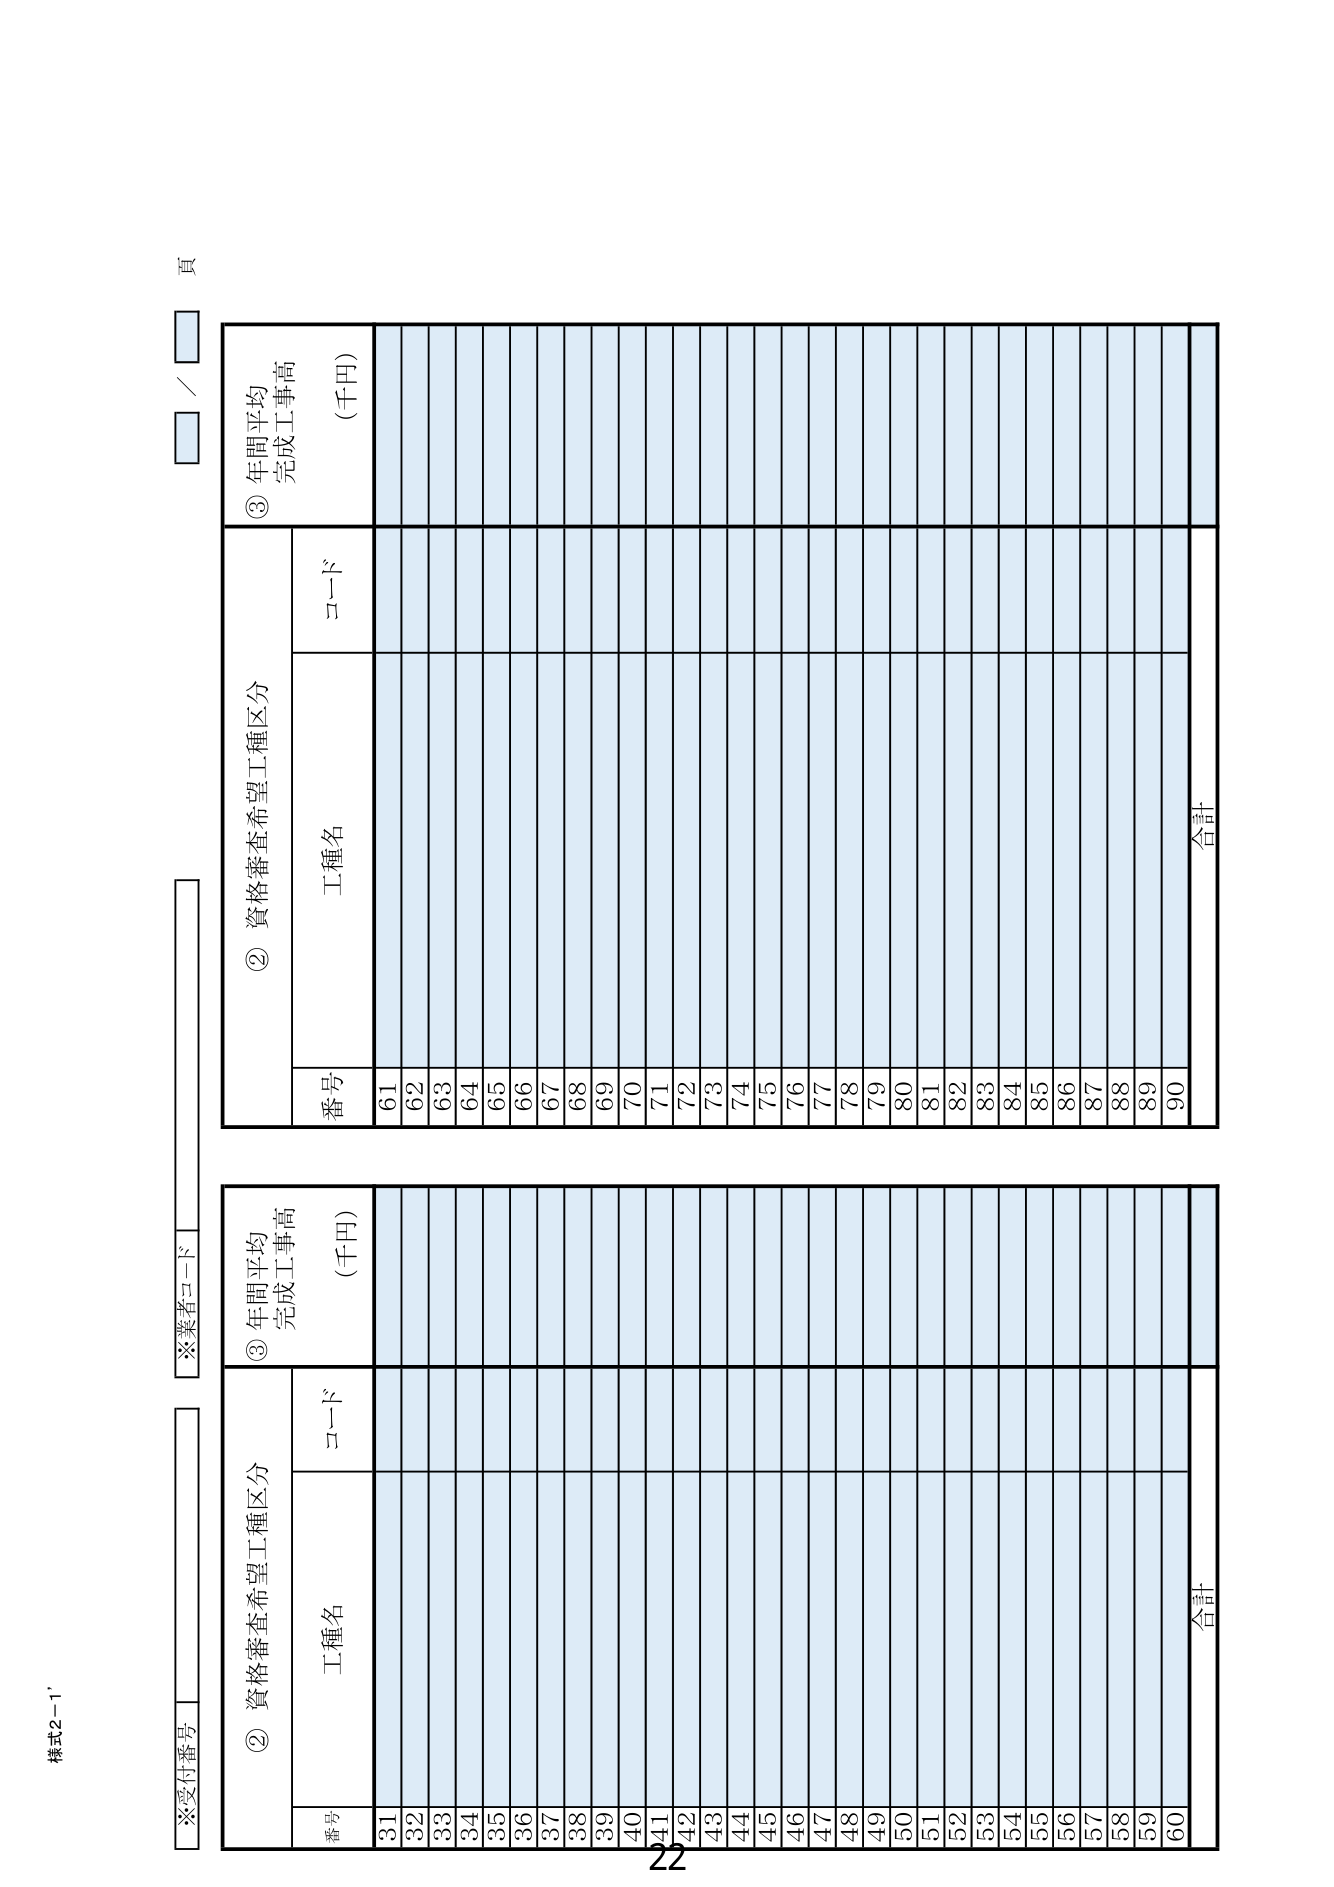
様式2-1'

※受付番号
※業者コード

② 資格審査希望工種区分
番号 工種名 コード
31
32
33
34
35
36
37
38
39
40
41
42
43
44
45
46
47
48
49
50
51
52
53
54
55
56
57
58
59
60

③ 年間平均
完成工事高
(千円)

合計

② 資格審査希望工種区分
番号 工種名 コード
61
62
63
64
65
66
67
68
69
70
71
72
73
74
75
76
77
78
79
80
81
82
83
84
85
86
87
88
89
90

③ 年間平均
完成工事高
(千円)

合計

／ 頁

22